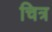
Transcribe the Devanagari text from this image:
चित्र